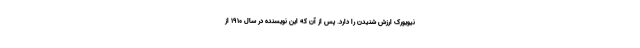
نیویورک ارزش شنیدن را دارد. پس از آن که این نویسنده در سال ۱۹۱۰ از